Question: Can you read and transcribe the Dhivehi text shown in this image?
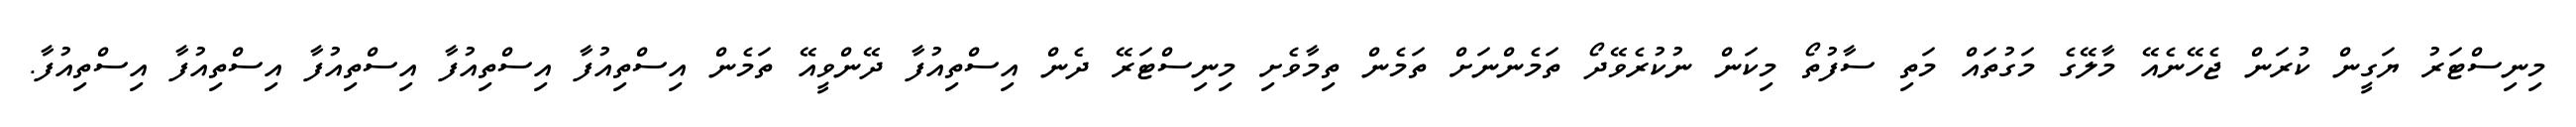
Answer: މިނިސްޓަރު ޔަގީން ކުރަން ޖެހޭނެއޭ މާލޭގެ މަގުތައް މަތި ސާފުތޯ މިކަން ނުކުރެވޭދޯ ތަމެންނަށް ތަމެން ތިމާވެށި މިނިސްޓަރޭ ދެން އިސްތިއުފާ ދޭންވީއޭ ތަމެން އިސްތިއުފާ އިސްތިއުފާ އިސްތިއުފާ އިސްތިއުފާ އިސްތިއުފާ.